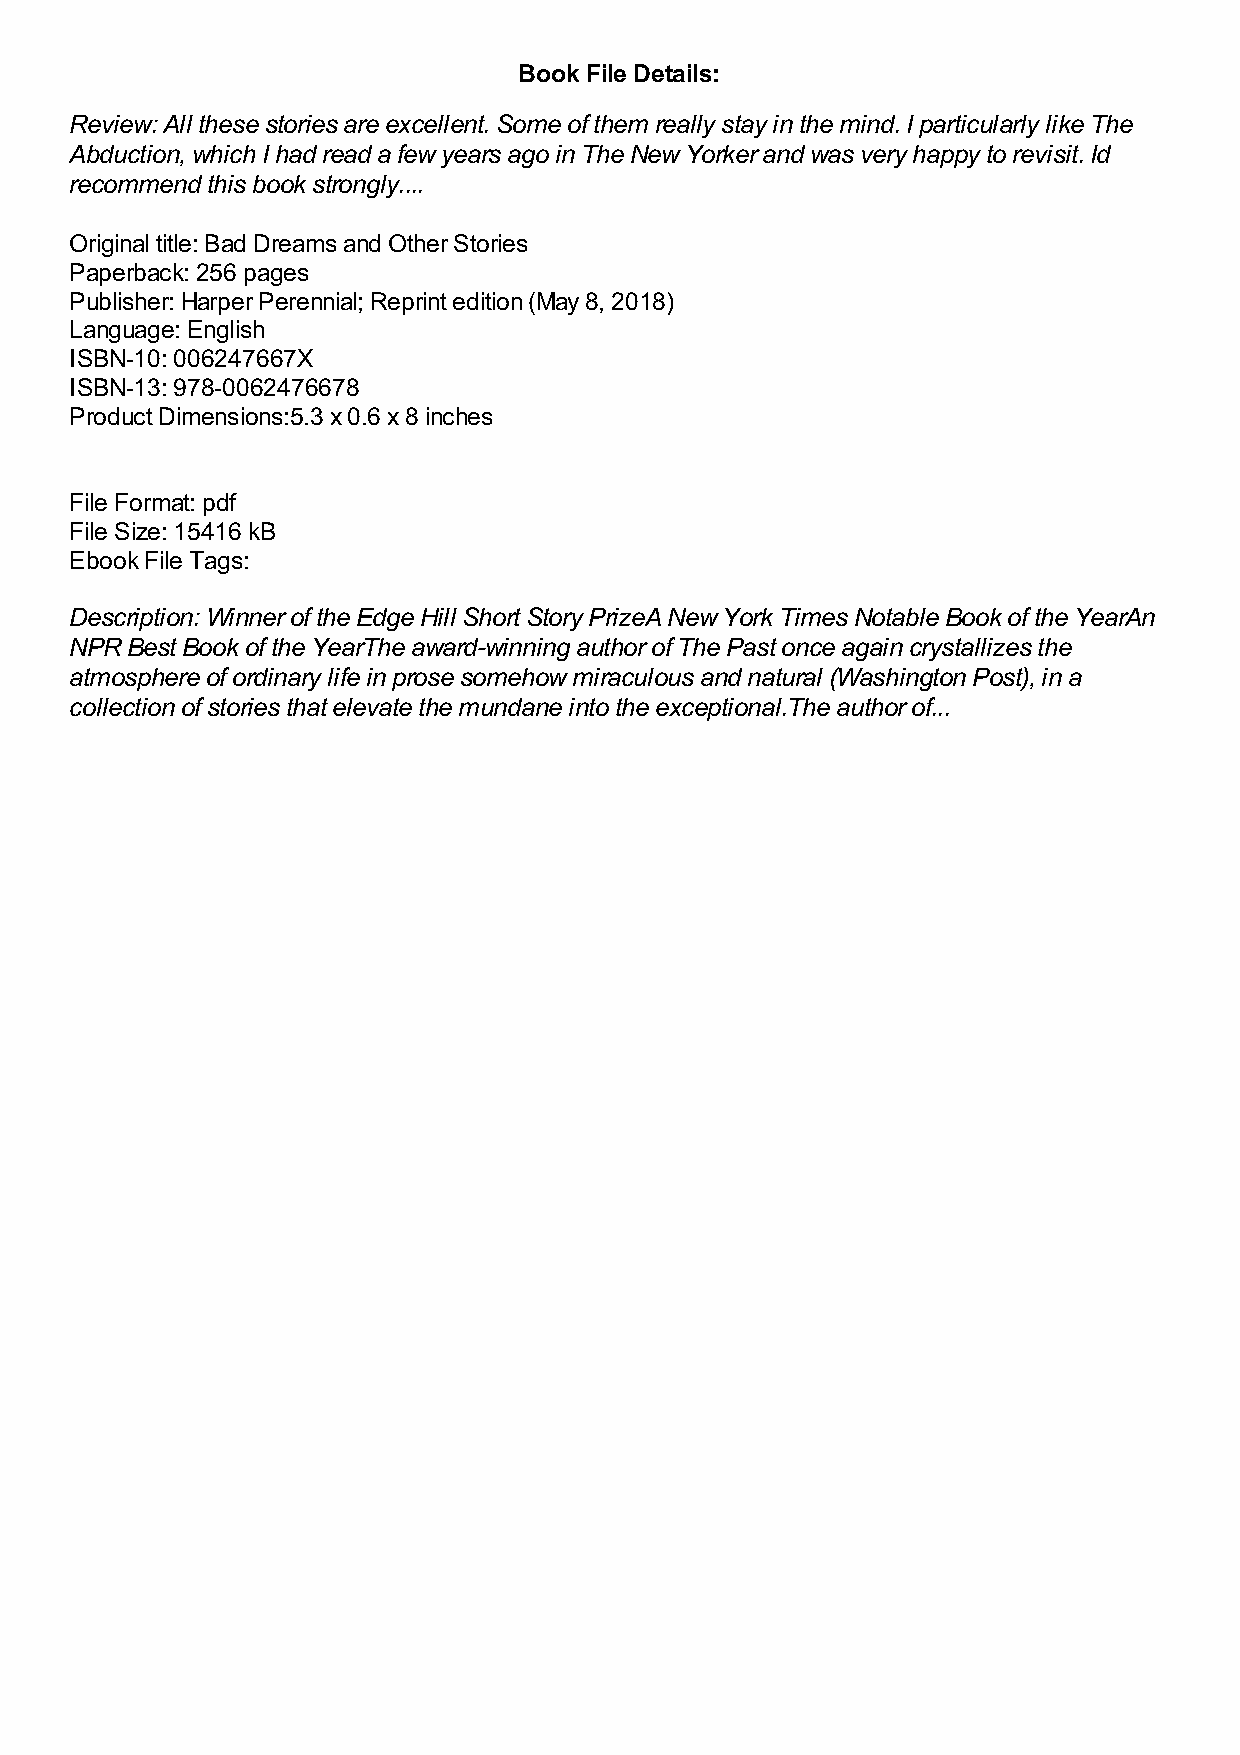
Book File Details:
 Review: All these stories are excellent. Some of them really stay in the mind. I particularly like The
 Abduction, which I had read a few years ago in The New Yorker and was very happy to revisit. Id
 recommend this book strongly....
 Original title: Bad Dreams and Other Stories
 Paperback: 256 pages
 Publisher: Harper Perennial; Reprint edition (May 8, 2018)
 Language: English
 ISBN-10: 006247667X
 ISBN-13: 978-0062476678
 Product Dimensions:5.3 x 0.6 x 8 inches
 File Format: pdf
 File Size: 15416 kB
 Ebook File Tags:
 Description: Winner of the Edge Hill Short Story PrizeA New York Times Notable Book of the YearAn
 NPR Best Book of the YearThe award-winning author of The Past once again crystallizes the
 atmosphere of ordinary life in prose somehow miraculous and natural (Washington Post), in a
 collection of stories that elevate the mundane into the exceptional.The author of...